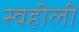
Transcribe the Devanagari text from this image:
स्वहीली